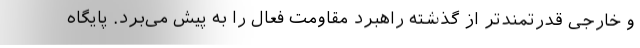
و خارجی قدرتمندتر از گذشته راهبرد مقاومت فعال را به پیش می‌برد. پایگاه